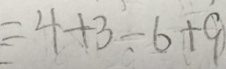
= 4 + 3 - 6 + 9